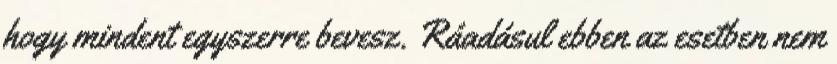
hogy mindent egyszerre bevesz. Ráadásul ebben az esetben nem